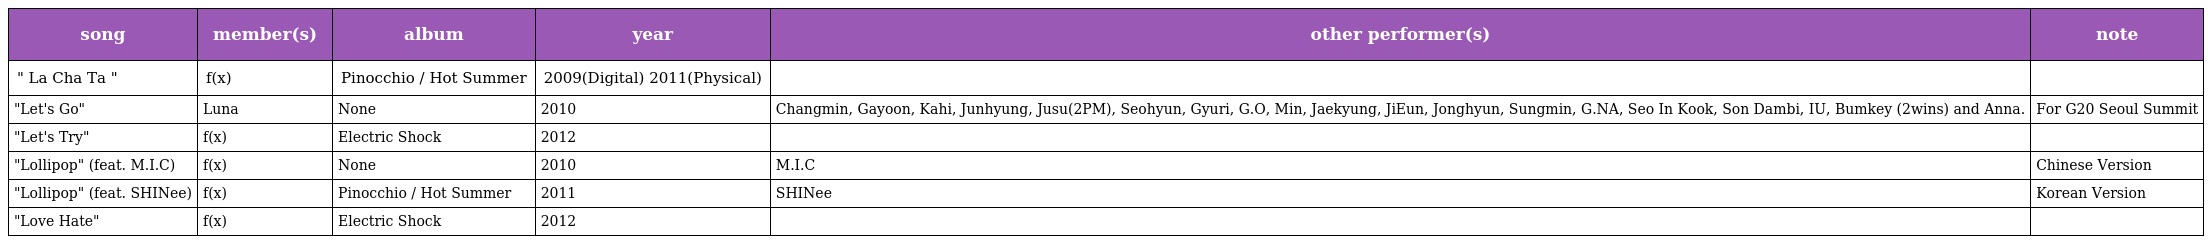
| song | member(s) | album | year | other performer(s) | note |
 | --- | --- | --- | --- | --- | --- |
 | " La Cha Ta " | f(x) | Pinocchio / Hot Summer | 2009(Digital) 2011(Physical) |  |  |
 | "Let's Go" | Luna | None | 2010 | Changmin, Gayoon, Kahi, Junhyung, Jusu(2PM), Seohyun, Gyuri, G.O, Min, Jaekyung, JiEun, Jonghyun, Sungmin, G.NA, Seo In Kook, Son Dambi, IU, Bumkey (2wins) and Anna. | For G20 Seoul Summit |
 | "Let's Try" | f(x) | Electric Shock | 2012 |  |  |
 | "Lollipop" (feat. M.I.C) | f(x) | None | 2010 | M.I.C | Chinese Version |
 | "Lollipop" (feat. SHINee) | f(x) | Pinocchio / Hot Summer | 2011 | SHINee | Korean Version |
 | "Love Hate" | f(x) | Electric Shock | 2012 |  |  |